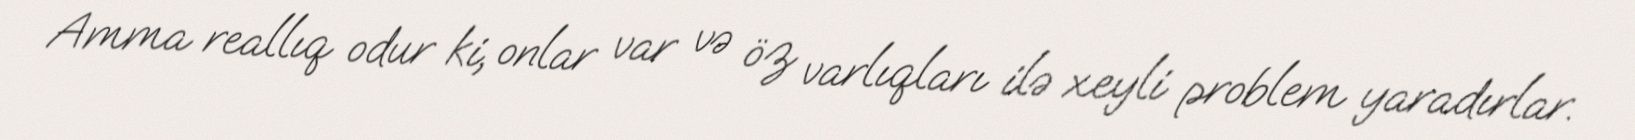
Amma reallıq odur ki, onlar var və öz varlıqları ilə xeyli problem yaradırlar.